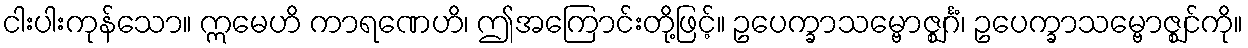
ငါးပါးကုန်သော။ ဣမေဟိ ကာရဏေဟိ၊ ဤအကြောင်းတို့ဖြင့်။ ဥပေက္ခာသမ္ဗောဇ္ဈင်္ဂံ၊ ဥပေက္ခာသမ္ဗောဇ္ဈင်ကို။